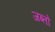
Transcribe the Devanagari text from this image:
जब्तों